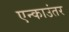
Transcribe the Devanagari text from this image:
एन्काउंतर